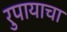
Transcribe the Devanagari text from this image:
रुपायाचा